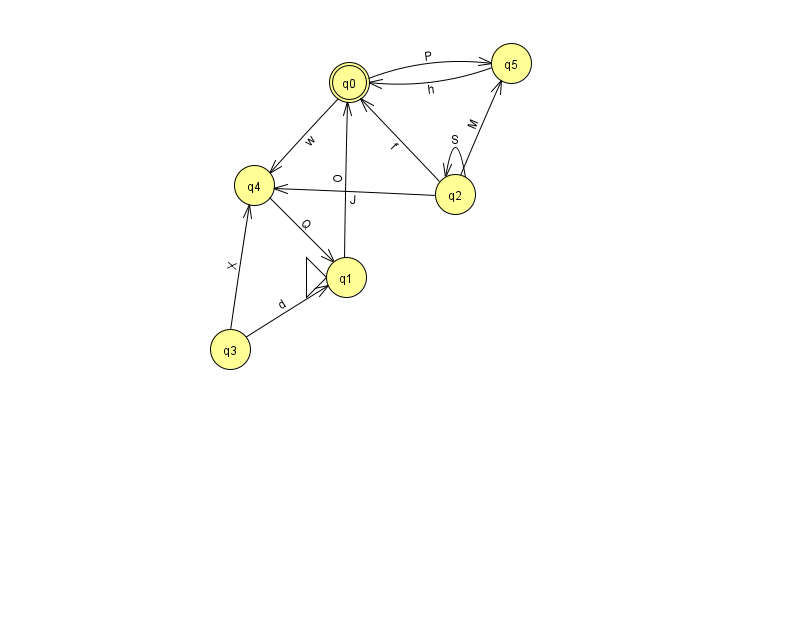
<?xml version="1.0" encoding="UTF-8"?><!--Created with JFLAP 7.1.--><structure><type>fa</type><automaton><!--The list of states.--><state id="0" name="q0"><x>349.0</x><y>69.0</y><final/></state><state id="1" name="q1"><x>346.0</x><y>264.0</y><initial/></state><state id="2" name="q2"><x>455.0</x><y>181.0</y></state><state id="3" name="q3"><x>230.0</x><y>336.0</y></state><state id="4" name="q4"><x>254.0</x><y>172.0</y></state><state id="5" name="q5"><x>511.0</x><y>50.0</y></state><!--The list of transitions.--><transition><from>0</from><to>4</to><read>w</read></transition><transition><from>2</from><to>4</to><read>J</read></transition><transition><from>0</from><to>5</to><read>P</read></transition><transition><from>2</from><to>5</to><read>M</read></transition><transition><from>3</from><to>4</to><read>X</read></transition><transition><from>2</from><to>2</to><read>S</read></transition><transition><from>4</from><to>1</to><read>Q</read></transition><transition><from>3</from><to>1</to><read>d</read></transition><transition><from>5</from><to>0</to><read>h</read></transition><transition><from>2</from><to>0</to><read>f</read></transition><transition><from>1</from><to>0</to><read>O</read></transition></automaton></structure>